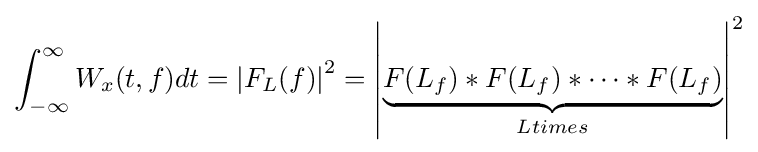
\int _{-\infty }^{\infty }W_{x}(t,f)dt=\left\vert F_{L}(f)\right\vert ^{2}=\left\vert \underbrace {F(L_{f})*F(L_{f})*\cdots *F(L_{f})} _{Ltimes}\right\vert ^{2}